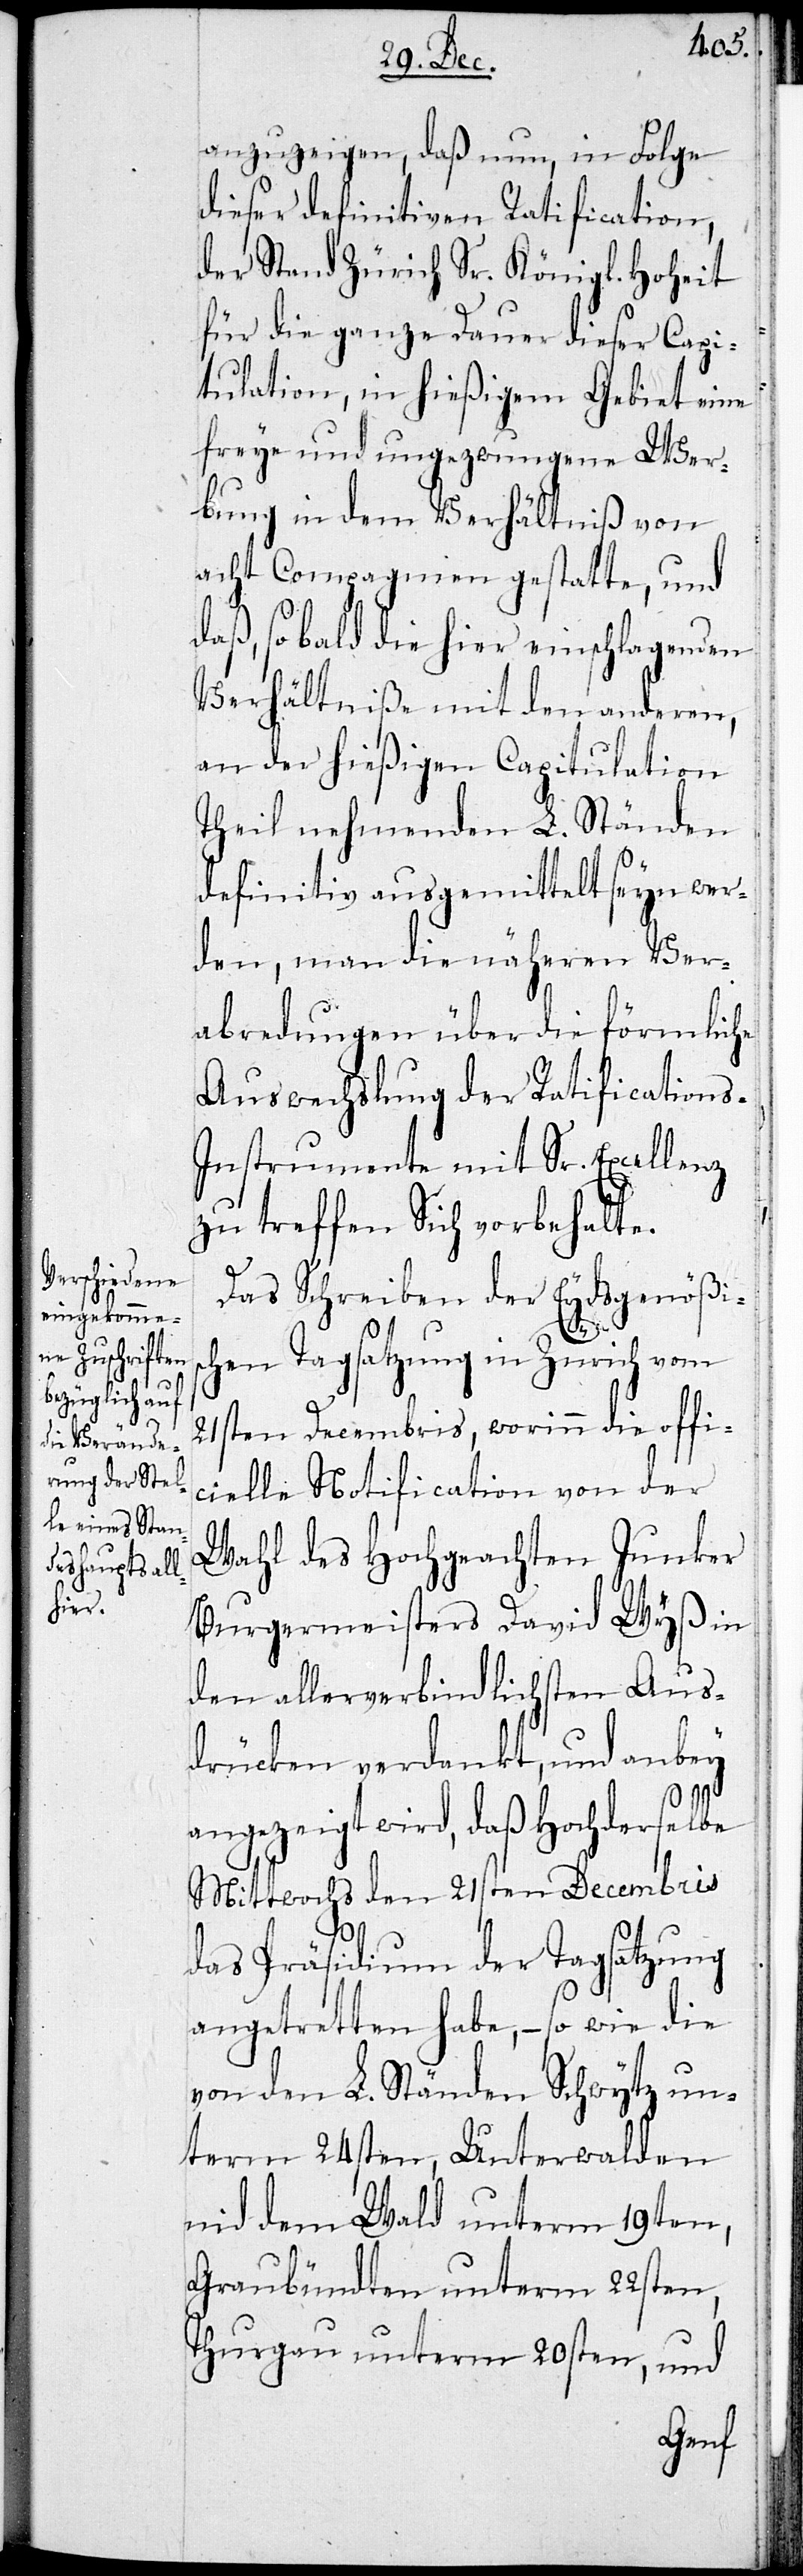
anzuzeigen, daß nun, in Folge
dieser definitiven Ratification,
der Stand Zürich Sr. Königl. Hoheit
für die ganze Dauer dieser Capi¬
tulation, in hießigem Gebiet eine
freye und ungezwungene Wer¬
bung in dem Verhältniß von
acht Compagnien gestalte, und
daß so bald die hier einschlagenden
Verhältniße mit den anderen,
an der hießigen Capitulation
Theil nehmenden L. Ständen
definitiv ausgemittelt seyn wer¬
den, man die näheren Ver¬
abredungen über die förmliche
Auswechslung der Ratification¬
nstrumente mit Sr. Excellenz
zu treffen Sich vorbehalte.
Das Schreiben der Eydsgenößis¬
s-I¬
chen Tagsatzung in Zürich vom
21sten Decembris, worinn die offi¬
cielle Notification von der
Wahl des Hochgeachten Junker
Burgermeisters David Wyß in
den allerverbindlichsten Aus¬
drücken verdankt, und anbey
angezeigt wird, daß Hochderselbe
Mittwochs den 21sten Decembris
das Präsidium der Tagsatzung
angetretten habe, – so wie die
von den L. Ständen Schwytz un¬
term 24sten, Unterwalden
nid dem Wald unterm 19ten,
Graubündten unterm 22sten,
Thurgau unterm 20sten, und